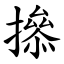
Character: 撡